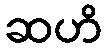
ဆဟိ